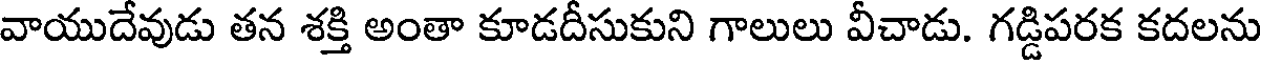
వాయుదేవుడు తన శక్తి అంతా కూడదీసుకుని గాలులు వీచాడు. గడ్డిపరక కదలను